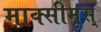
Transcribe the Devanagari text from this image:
माक्सीमूस्